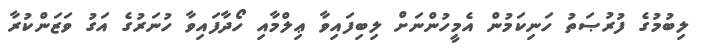
ލިބުމުގެ ފުރުޞަތު ހަނިކަމުން އެމީހުންނަށް ލިބިފައިވާ ޢިލްމާއި ހޯދާފައިވާ ހުނަރުގެ އަގު ވަޒަންކުރާ